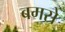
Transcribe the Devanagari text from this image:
बमसे